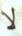
لا